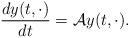
LaTeX: \begin{align*}&\frac{dy(t, \cdot)}{dt}=\mathcal{A}y(t, \cdot).\end{align*}